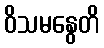
ဝိသမနွေတိ